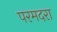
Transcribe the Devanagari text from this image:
परमदरा